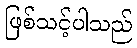
ဖြစ်သင့်ပါသည်